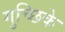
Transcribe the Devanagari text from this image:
गुच्छिके